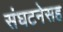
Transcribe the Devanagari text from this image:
संघटनेसह